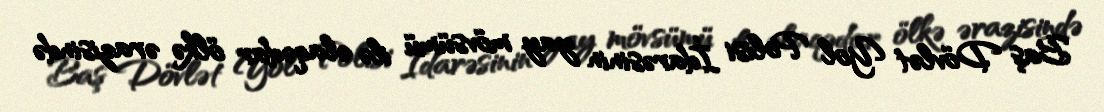
Baş Dövlət Yol Polisi İdarəsinin yay mövsümü ilə əlaqədar ölkə ərazisində